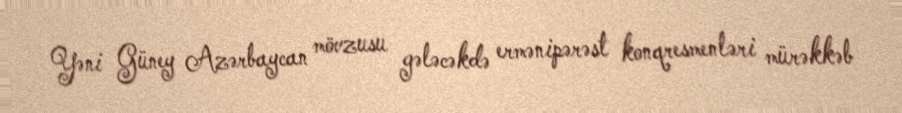
Yəni Güney Azərbaycan mövzusu gələcəkdə ermənipərəst konqresmenləri mürəkkəb